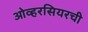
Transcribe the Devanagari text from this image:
ओव्हरसियरची